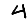
Digit: 4